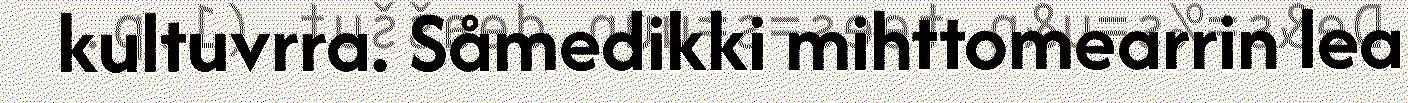
kultuvrra. Såmedikki mihttomearrin lea